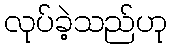
လုပ်ခဲ့သည်ဟု